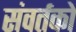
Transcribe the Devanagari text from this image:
संवर्तको